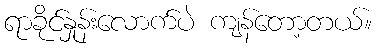
ရာခိုင်နှုန်းလောက်ပဲ ကျန်တော့တယ်။